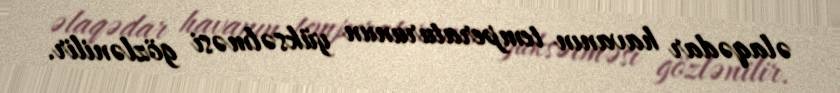
əlaqədar havanın temperaturunun yüksəlməsi gözlənilir.